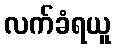
လက်ခံရယူ